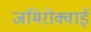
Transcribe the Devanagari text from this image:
जमिरोक्वाई